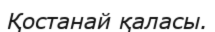
Қостанай қаласы.